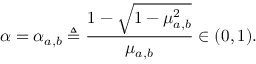
\alpha = \alpha _ { a , b } \triangleq \frac { 1 - \sqrt { 1 - \mu _ { a , b } ^ { 2 } } } { \mu _ { a , b } } \in ( 0 , 1 ) .